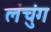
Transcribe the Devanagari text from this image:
लंचुंग